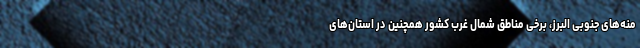
منه‌های جنوبی البرز، برخی مناطق شمال غرب کشور همچنین در استان‌های